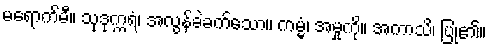
မရောက်မီ။ သုဒုက္ကရံ၊ အလွန်ခဲခက်သော။ ကမ္မံ၊ အမှုကို။ အကာသိ၊ ပြု၏။